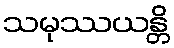
သမုဿယန္တိ